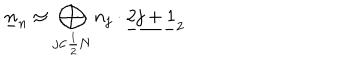
\underline { { { n } } } _ { n } \simeq \bigoplus _ { j \in \frac { 1 } { 2 } \bf N } n _ { j } \cdot \underline { { { 2 j + 1 } } } _ { 2 }